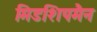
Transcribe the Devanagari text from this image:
मिडशिपमैन